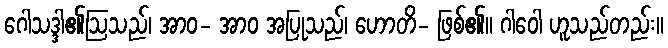
ဂေါသဒ္ဒါ၏ဩသည်၊ အာဝ- အာဝ အပြုသည်၊ ဟောတိ- ဖြစ်၏။ ဂါဝေါ ဟူသည်တည်း။